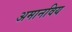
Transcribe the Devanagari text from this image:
अमानविय